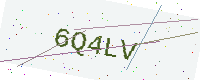
Text: 6Q4LV